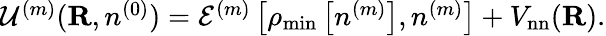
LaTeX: \begin{array}{l}{{\cal U}^{(m)}({\mathbf R},n^{(0)})={\cal E}^{(m)}\left[\rho_{\mathrm{min}}\left[n^{(m)}\right],n^{(m)}\right]+V_{\mathrm{nn}}({\mathbf R}).}\end{array}